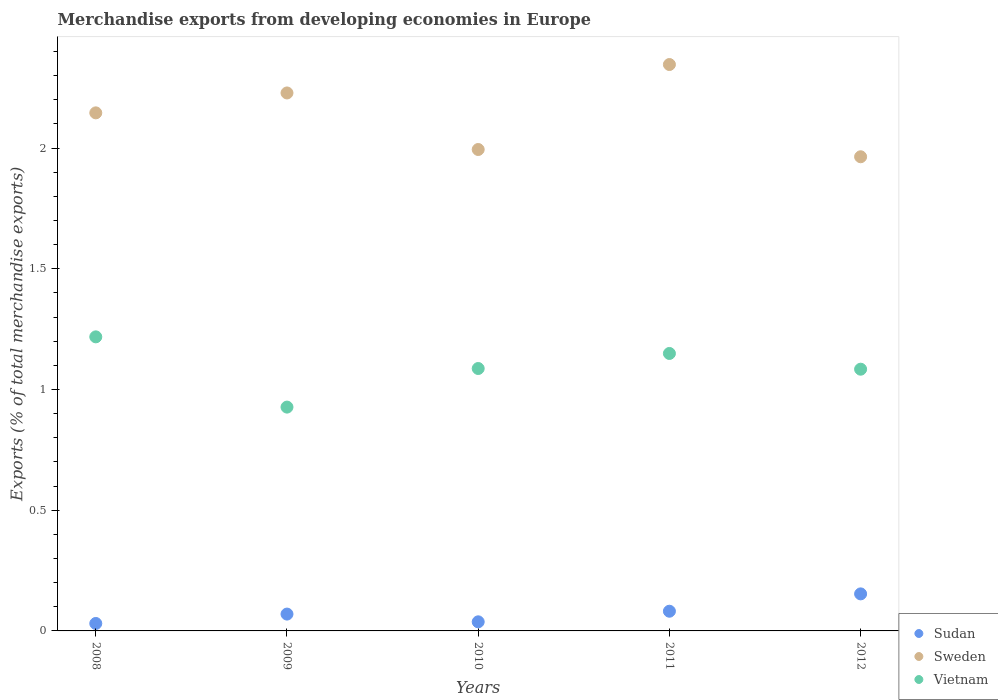
| Years | Sudan | Sweden | Vietnam |
 | --- | --- | --- | --- |
 | 2008 | 0.0309 | 2.15 | 1.22 |
 | 2009 | 0.0698 | 2.23 | 0.927 |
 | 2010 | 0.0377 | 1.99 | 1.09 |
 | 2011 | 0.0816 | 2.35 | 1.15 |
 | 2012 | 0.153 | 1.96 | 1.08 |